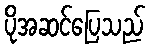
ပိုအဆင်ပြေသည်